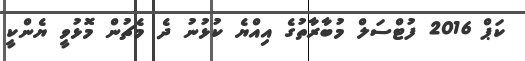
ކަޕް 2016 ފުޓްސަލް މުބާރާތުގެ އިއްޔެ ކުޅުނު ދެ މެޗުން މޮޅުވީ ޔެންކީ